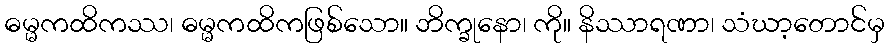
ဓမ္မကထိကဿ၊ ဓမ္မကထိကဖြစ်သော။ ဘိက္ခုနော၊ ကို။ နိဿာရဏာ၊ သံဃာ့တောင်မှ